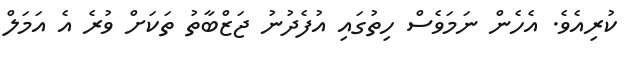
ކުރިއެވެ. އެހެން ނަމަވެސް ހިތުގައި އުފެދުނު ޖަޒްބާތު ތަކަށް ވުރެ އެ އަމަލް